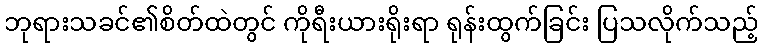
ဘုရားသခင်၏စိတ်ထဲတွင် ကိုရီးယားရိုးရာ ရုန်းထွက်ခြင်း ပြသလိုက်သည့်